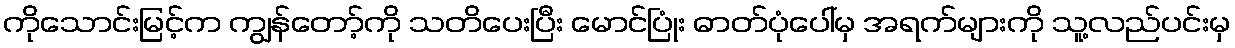
ကိုသောင်းမြင့်က ကျွန်တော့်ကို သတိပေးပြီး မောင်ပြုံး ဓာတ်ပုံပေါ်မှ အရက်များကို သူ့လည်ပင်းမှ